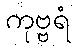
ကုဗ္ဗရံ